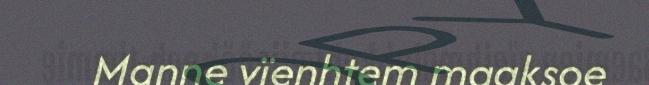
Manne vïenhtem maaksoe